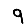
Digit: 9